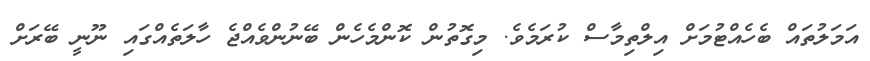
އަމަލުތައް ބެހެއްޓުމަށް އިލްތިމާސް ކުރަމެވެ. މިގޮތުން ކޮންމެހެން ބޭނުންވެއްޖެ ހާލަތެއްގައި ނޫނީ ބޭރަށް